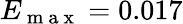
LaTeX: E_{\mathrm{~m~a~x~}}=0.017